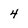
Character: 4